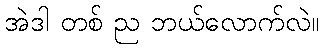
အဲဒါ တစ် ည ဘယ်လောက်လဲ။